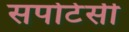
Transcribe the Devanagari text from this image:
सपोटेसी